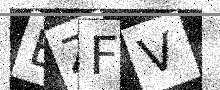
Text: BZFV